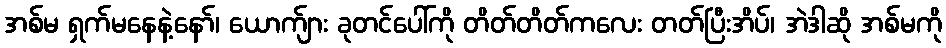
အစ်မ ရှက်မနေနဲ့နော်၊ ယောက်ျား ခုတင်ပေါ်ကို တိတ်တိတ်ကလေး တတ်ပြီးအိပ်၊ အဲဒါဆို အစ်မကို